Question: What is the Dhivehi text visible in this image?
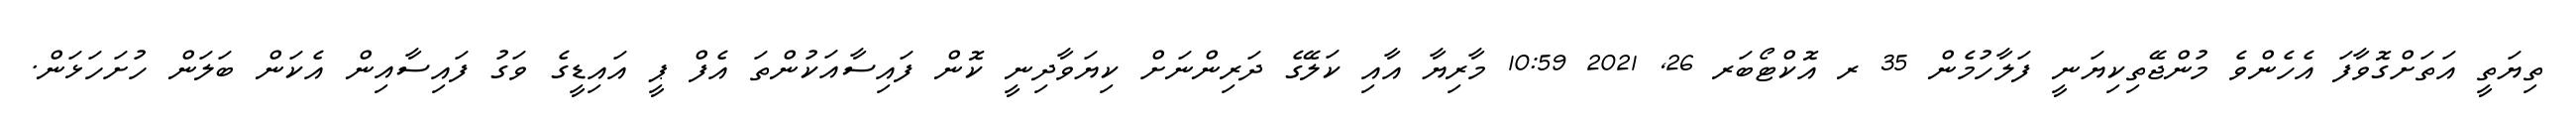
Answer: ތިޔަތީ އަތަށްގޮވާފަ އެހެންވެ މުންޖޭތިކިޔަނީ ފަލާހުމެން 35 ރ އޮކްޓޯބަރ 26, 2021 10:59 މާރިޔާ އާއި ކަލޭގެ ދަރިންނަށް ކިޔަވާދިނީ ކޮން ފައިސާއަކުންތަ އެފް ޕީ އައިޑީގެ ވަގު ފައިސާއިން އެކަން ބަލަން ހުށަހަޅަން.